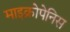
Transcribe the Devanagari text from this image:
माइक्रोपेनिस